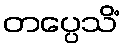
တပ္ပေသိံ